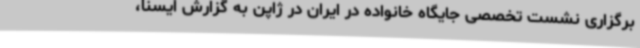
برگزاری نشست تخصصی جایگاه خانواده در ایران در ژاپن به گزارش ایسنا،